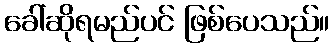
ခေါ်ဆိုရမည်ပင် ဖြစ်ပေသည်။